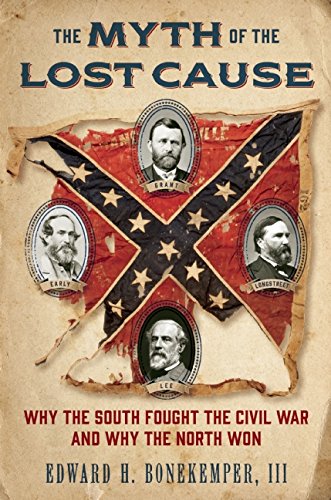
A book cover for The Myth of the Lost Cause: Why the South Fought the Civil War and Why the North Won; Edward H. Bonekemper  III; History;